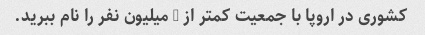
کشوری در اروپا با جمعیت کمتر از 5 میلیون نفر را نام ببرید.